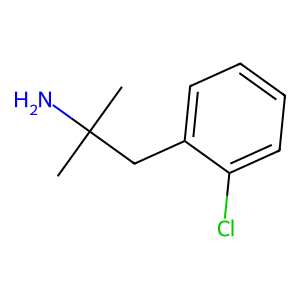
SMILES: CC(C)(N)Cc1ccccc1Cl
Inhibits HIV replication: No